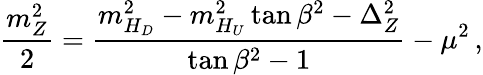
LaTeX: \frac{m_{Z}^{2}}{2}=\frac{m_{H_{D}}^{2}-m_{H_{U}}^{2}\tan\beta^{2}-\Delta_{Z}^{2}}{\tan\beta^{2}-1}-\mu^{2}\, ,